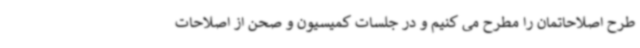
طرح اصلاحاتمان را مطرح می کنیم و در جلسات کمیسیون و صحن از اصلاحات